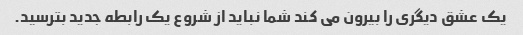
یک عشق دیگری را بیرون می کند شما نباید از شروع یک رابطه جدید بترسید.